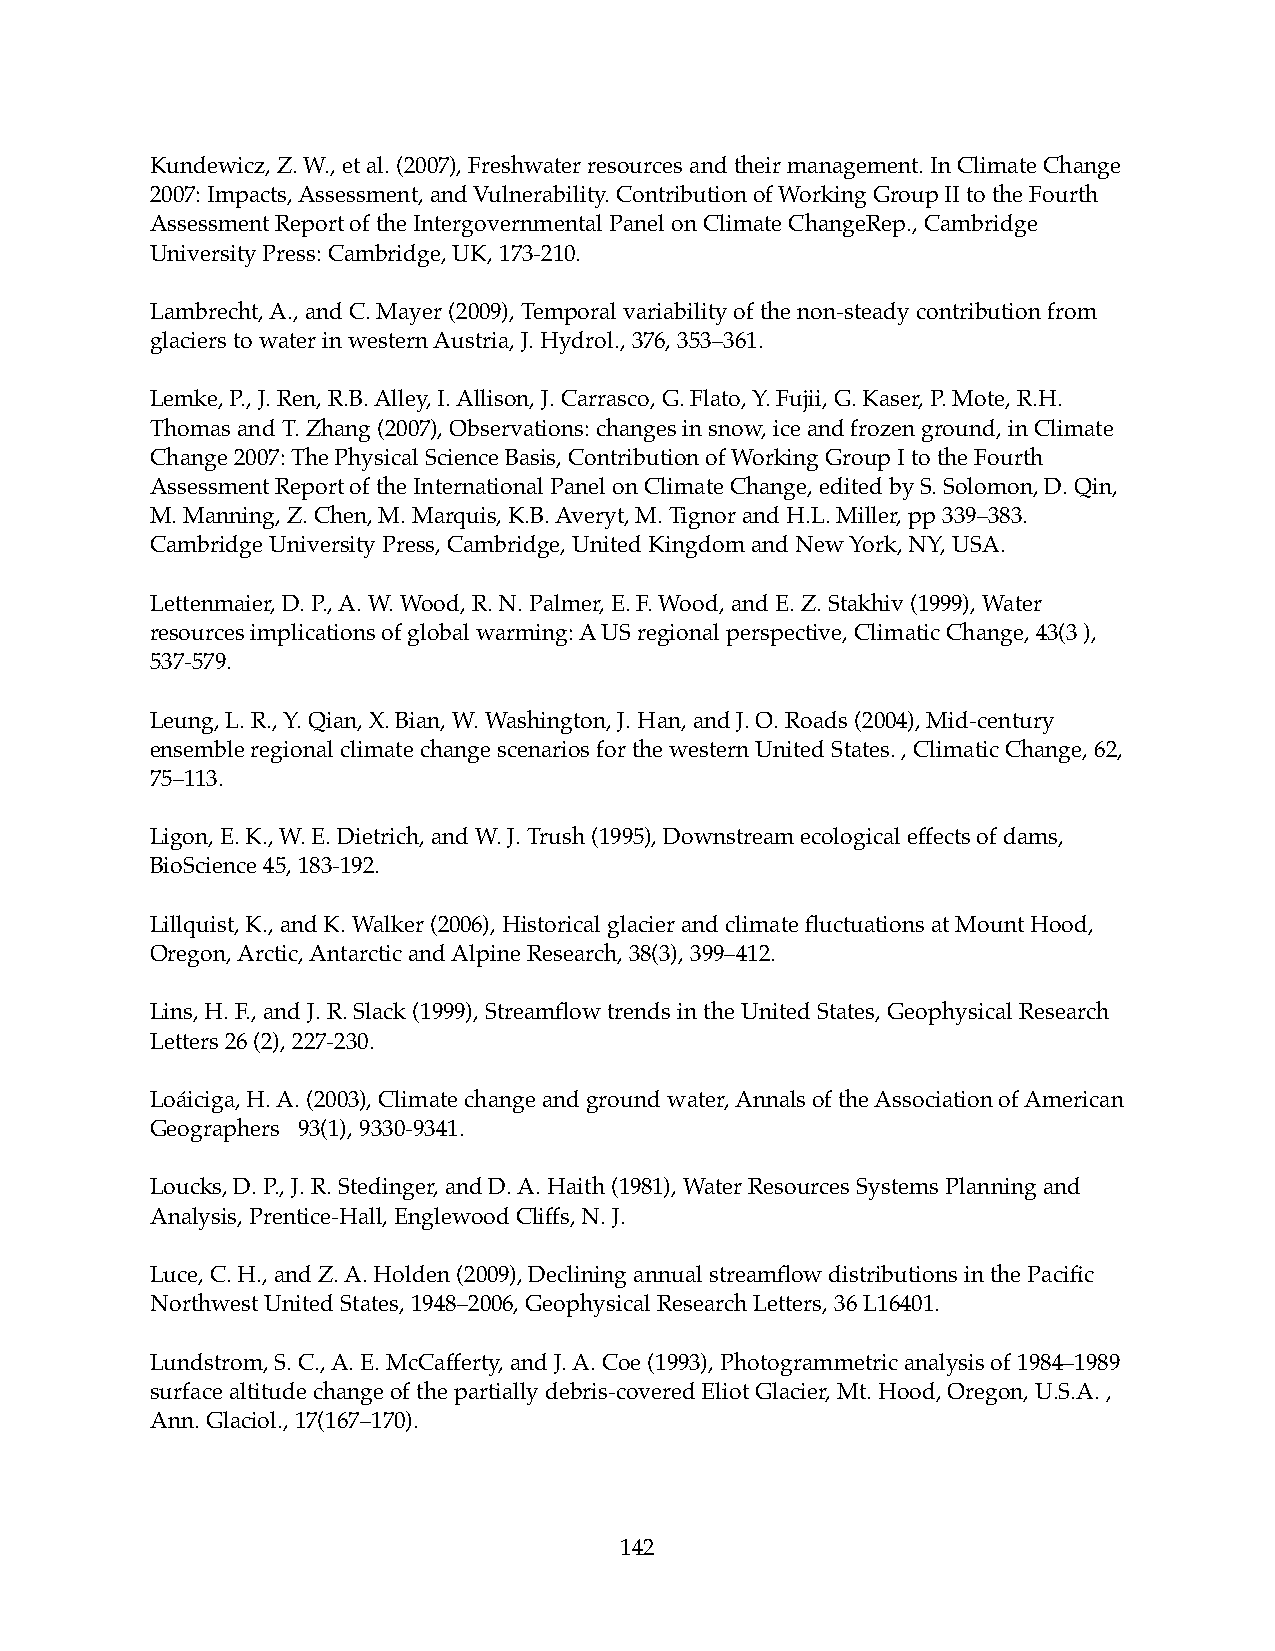
Kundewicz, Z. W., et al. (2007), Freshwater resources and their management. In Climate Change
 2007: Impacts, Assessment, and Vulnerability. Contribution of Working Group II to the Fourth
 Assessment Report of the Intergovernmental Panel on Climate ChangeRep., Cambridge
 University Press: Cambridge, UK, 173-210.
 Lambrecht, A., and C. Mayer (2009), Temporal variability of the non-steady contribution from
 glaciers to water in western Austria, J. Hydrol., 376, 353–361.
 Lemke, P., J. Ren, R.B. Alley, I. Allison, J. Carrasco, G. Flato, Y. Fujii, G. Kaser, P. Mote, R.H.
 Thomas and T. Zhang (2007), Observations: changes in snow, ice and frozen ground, in Climate
 Change 2007: The Physical Science Basis, Contribution of Working Group I to the Fourth
 Assessment Report of the International Panel on Climate Change, edited by S. Solomon, D. Qin,
 M. Manning, Z. Chen, M. Marquis, K.B. Averyt, M. Tignor and H.L. Miller, pp 339–383.
 Cambridge University Press, Cambridge, United Kingdom and New York, NY, USA.
 Lettenmaier, D. P., A. W. Wood, R. N. Palmer, E. F. Wood, and E. Z. Stakhiv (1999), Water
 resources implications of global warming: A US regional perspective, Climatic Change, 43(3 ),
 537-579.
 Leung, L. R., Y. Qian, X. Bian, W. Washington, J. Han, and J. O. Roads (2004), Mid-century
 ensemble regional climate change scenarios for the western United States. , Climatic Change, 62,
 75–113.
 Ligon, E. K., W. E. Dietrich, and W. J. Trush (1995), Downstream ecological effects of dams,
 BioScience 45, 183-192.
 Lillquist, K., and K. Walker (2006), Historical glacier and climate fluctuations at Mount Hood,
 Oregon, Arctic, Antarctic and Alpine Research, 38(3), 399–412.
 Lins, H. F., and J. R. Slack (1999), Streamflow trends in the United States, Geophysical Research
 Letters 26 (2), 227-230.
 Loáiciga, H. A. (2003), Climate change and ground water, Annals of the Association of American
 Geographers 93(1), 9330-9341.
 Loucks, D. P., J. R. Stedinger, and D. A. Haith (1981), Water Resources Systems Planning and
 Analysis, Prentice-Hall, Englewood Cliffs, N. J.
 Luce, C. H., and Z. A. Holden (2009), Declining annual streamflow distributions in the Pacific
 Northwest United States, 1948–2006, Geophysical Research Letters, 36 L16401.
 Lundstrom, S. C., A. E. McCafferty, and J. A. Coe (1993), Photogrammetric analysis of 1984–1989
 surface altitude change of the partially debris-covered Eliot Glacier, Mt. Hood, Oregon, U.S.A. ,
 Ann. Glaciol., 17(167–170).
 142